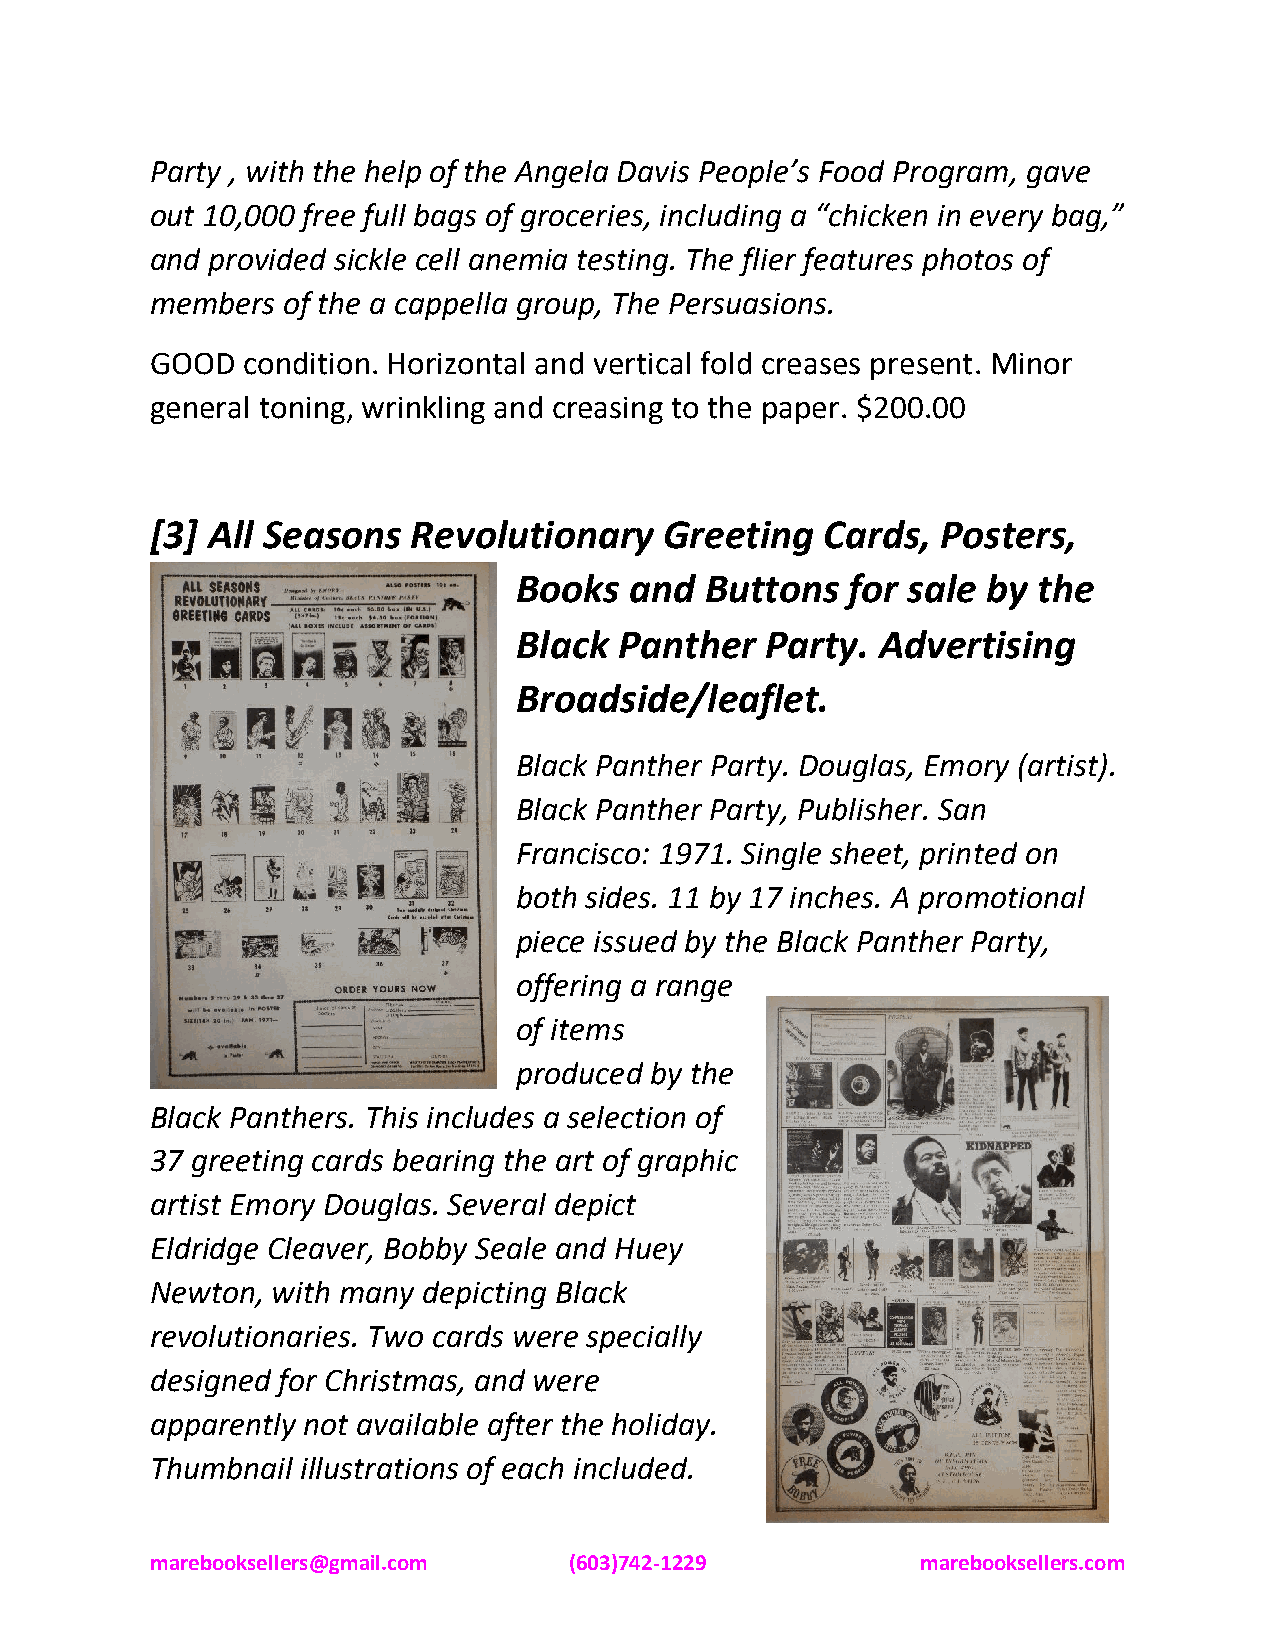
Party , with the help of the Angela Davis People’s Food Program, gave
 out 10,000 free full bags of groceries, including a “chicken in every bag,”
 and provided sickle cell anemia testing. The flier features photos of
 members  of the a cappella group, The Persuasions.
 GOOD  condition. Horizontal and vertical fold creases present. Minor
 general toning, wrinkling and creasing to the paper. $200.00
 [3] All Seasons  Revolutionary    Greeting   Cards, Posters,
 Books   and  Buttons  for sale by  the
 Black  Panther   Party. Advertising
 Broadside/leaflet.
 Black Panther Party. Douglas, Emory (artist).
 Black Panther Party, Publisher. San
 Francisco: 1971. Single sheet, printed on
 both sides. 11 by 17 inches. A promotional
 piece issued by the Black Panther Party,
 offering a range
 of items
 produced by the
 Black Panthers. This includes a selection of
 37 greeting cards bearing the art of graphic
 artist Emory Douglas. Several depict
 Eldridge Cleaver, Bobby Seale and Huey
 Newton, with many depicting Black
 revolutionaries. Two cards were specially
 designed for Christmas, and were
 apparently not available after the holiday.
 Thumbnail illustrations of each included.
 marebooksellers@gmail.com   (603)742-1229          marebooksellers.com